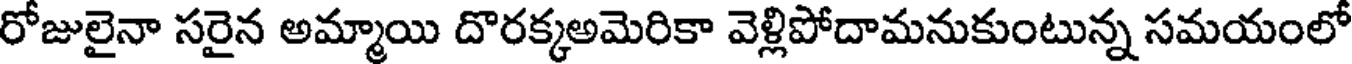
రోజులైనా సరైన అమ్మాయి దొరక్కఅమెరికా వెళ్లిపోదామనుకుంటున్న సమయంలో